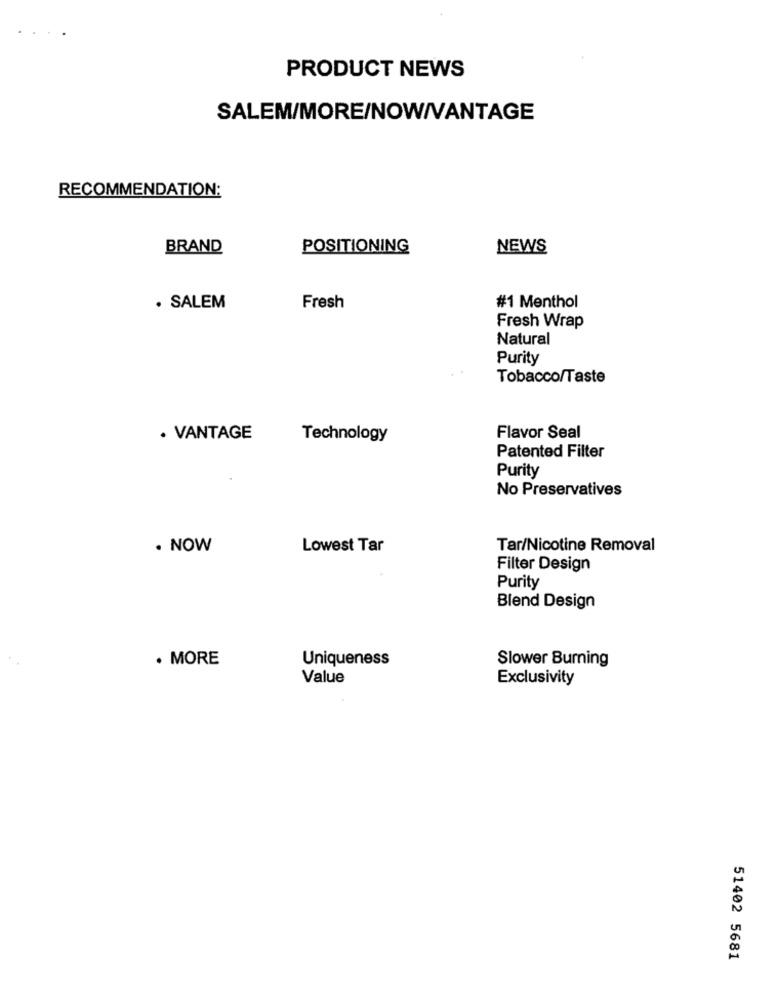
PRODUCT NEWS
SALEM/MORE/NOW/VANTAGE
RECOMMENDATION:
BRAND
POSITIONING
NEWS
· SALEM
Fresh
#1 Menthol
Fresh Wrap
Natural
Purity
Tobacco/Taste
· VANTAGE
Technology
Flavor Seal
Patented Filter
Purity
No Preservatives
. NOW
Lowest Tar
Tar/Nicotine Removal
Filter Design
Purity
Blend Design
· MORE
Uniqueness
Slower Burning
Value
Exclusivity
51402 5681